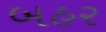
બહર